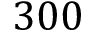
3 0 0